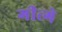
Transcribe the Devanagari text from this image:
गीत्गे